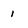
Character: 1